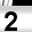
Digit: 2